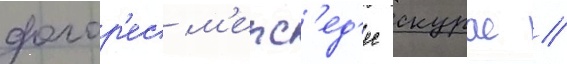
долор'ес м'ерс'ед'ес скурас //